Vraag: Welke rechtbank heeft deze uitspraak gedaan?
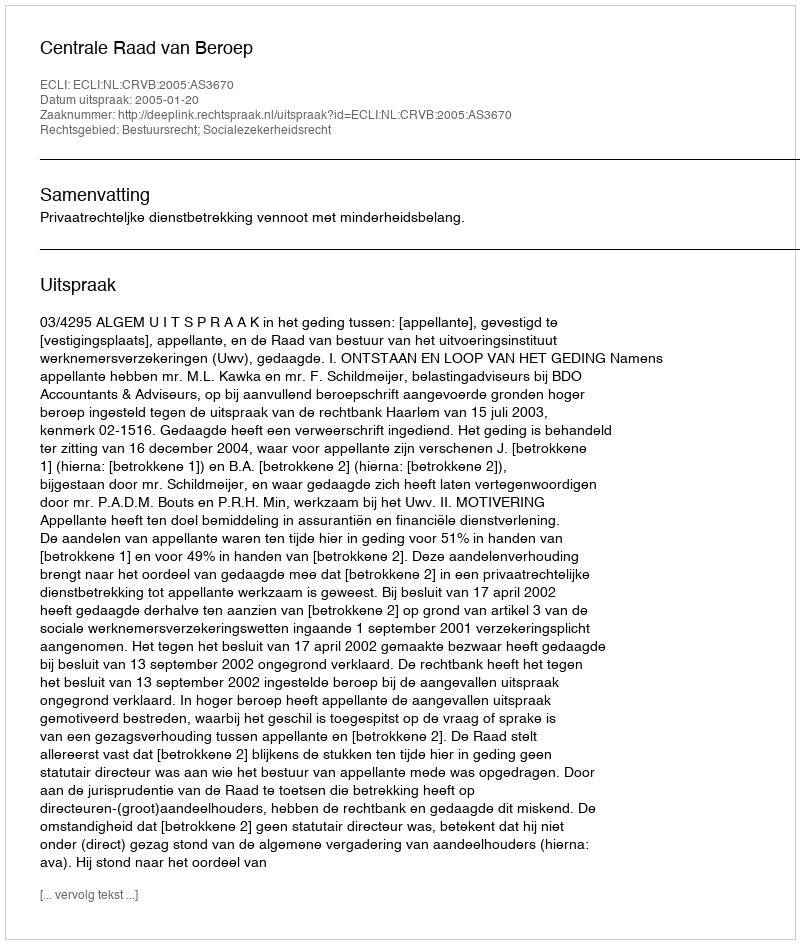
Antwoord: Centrale Raad van Beroep